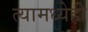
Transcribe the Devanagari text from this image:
त्यामध्येही